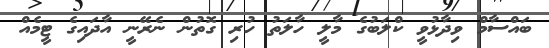
ބައްސާމް ވިދާޅުވީ ކްލަބުގެ މާލީ ހާލަތު ހުރި ގޮތުން ނެރޭނީ އާދައިގެ ޓީމެއް